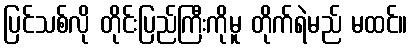
ပြင်သစ်လို တိုင်းပြည်ကြီးကိုမူ တိုက်ရဲမည် မထင်။